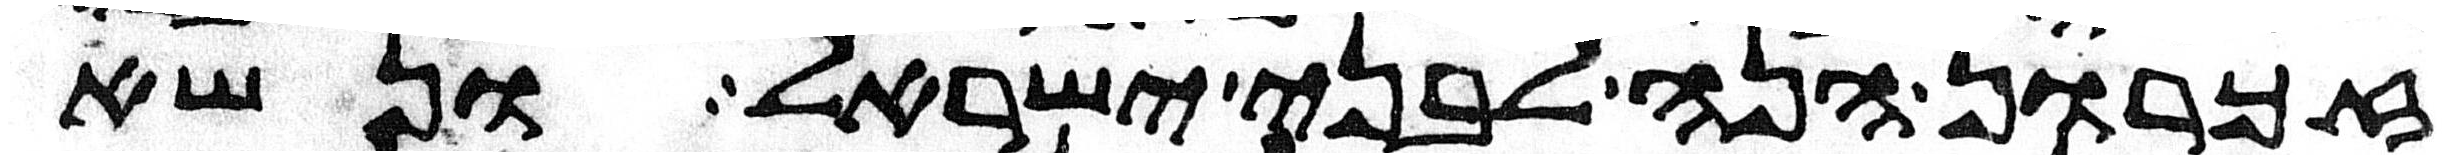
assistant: זכרון הנה לבני ישראל ונשא